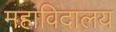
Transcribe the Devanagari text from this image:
महाविदालय